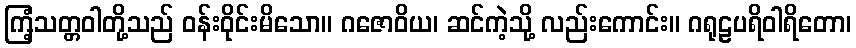
ကြံ့သတ္တဝါတို့သည် ဝန်းဝိုင်းမိသော။ ဂဇောဝိယ၊ ဆင်ကဲ့သို့ လည်းကောင်း။ ဂရုဠပရိဝါရိတော၊